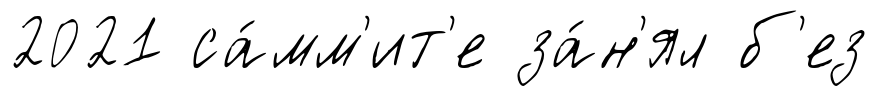
2021 са́мм'ит'е за́н'ял б'ез